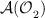
LaTeX: \begin{align*}\mathcal{A(O}_{2}\mathcal{)}\end{align*}